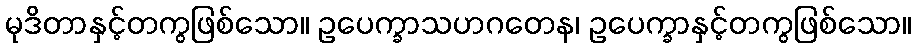
မုဒိတာနှင့်တကွဖြစ်သော။ ဥပေက္ခာသဟဂတေန၊ ဥပေက္ခာနှင့်တကွဖြစ်သော။